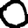
Digit: 0